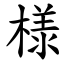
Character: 様